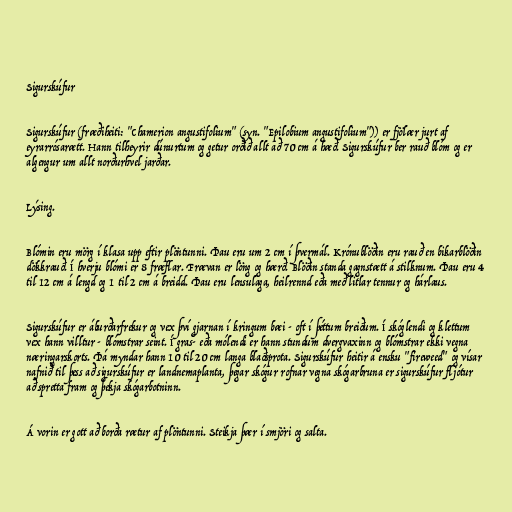
Sigurskúfur

Sigurskúfur (fræðiheiti: "Chamerion angustifolium" (syn. "Epilobium angustifolium")) er fjölær jurt af
eyrarrósarætt. Hann tilheyrir dúnurtum og getur orðið allt að 70 cm á hæð. Sigurskúfur ber rauð blóm og er
algengur um allt norðurhvel jarðar.

Lýsing.

Blómin eru mörg í klasa upp eftir plöntunni. Þau eru um 2 cm í þvermál. Krónublöðin eru rauð en bikarblöðin
dökkrauð. Í hverju blómi er 8 fræflar. Frævan er löng og hærð. Blöðin standa gagnstætt á stilknum. Þau eru 4
til 12 cm á lengd og 1 til 2 cm á breidd. Þau eru lensulaga, heilrennd eða með litlar tennur og hárlaus.

Sigurskúfur er áburðarfrekur og vex því gjarnan í kringum bæi - oft í þéttum breiðum. Í skóglendi og klettum
vex hann villtur - blómstrar seint. Í gras- eða mólendi er hann stundum dvergvaxinn og blómstrar ekki vegna
næringarskorts. Þá myndar hann 10 til 20 cm langa blaðsprota. Sigurskúfur heitir á ensku "fireweed" og vísar
nafnið til þess að sigurskúfur er landnemaplanta, þegar skógur rofnar vegna skógarbruna er sigurskúfur fljótur
að spretta fram og þekja skógarbotninn.

Á vorin er gott að borða rætur af plöntunni. Steikja þær í smjöri og salta.